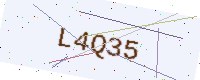
Text: L4Q35